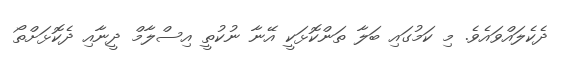
ދެކެލައްވައެވެ. މި ކަމުގައި ބަލާ ތަންކޮޅަކީ އޭނާ ނުކުތީ އިސްލާމް ދީނާއި ދެކޮޅަށްތޯ